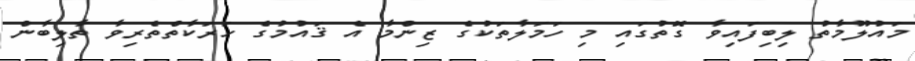
މައުލޫމާތު ލިބިފައިވާ ގޮތުގައި މި ހަމަލާތަކުގެ ޒިންމާ އެ ޤައުމުގެ ހަރަކާތްތެރިވާ ތާލިބާން